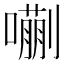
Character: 𫬉